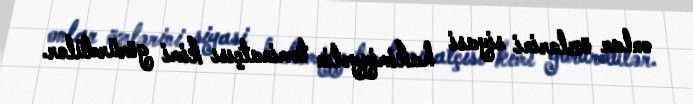
onlar özlərini siyasi hakimiyyətin təminatçısı kimi görürdülər.